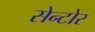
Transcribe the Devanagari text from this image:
सेन्टोर